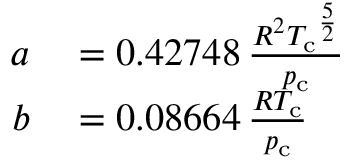
\begin{array} { r l } { a } & { { } = 0 . 4 2 7 4 8 \, { \frac { R ^ { 2 } { T _ { \mathrm { c } } } ^ { \frac { 5 } { 2 } } } { p _ { \mathrm { c } } } } } \\ { b } & { { } = 0 . 0 8 6 6 4 \, { \frac { R T _ { \mathrm { c } } } { p _ { \mathrm { c } } } } } \end{array}